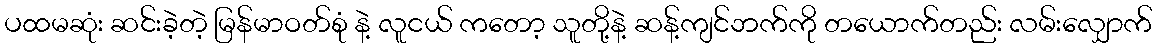
ပထမဆုံး ဆင်းခဲ့တဲ့ မြန်မာဝတ်စုံ နဲ့ လူငယ် ကတော့ သူတို့နဲ့ ဆန့်ကျင်ဘက်ကို တယောက်တည်း လမ်းလျှောက်